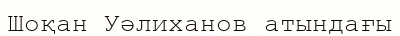
Шоқан Уәлиханов атындағы